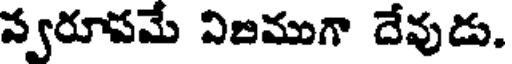
స్వరూపమే విజముగా దేవుడు.